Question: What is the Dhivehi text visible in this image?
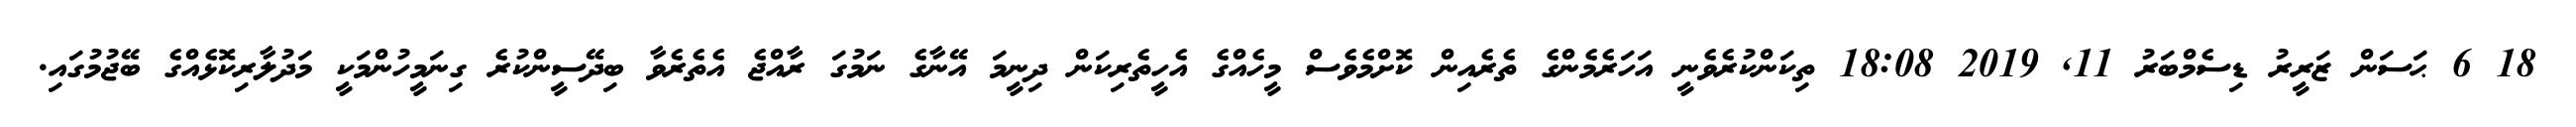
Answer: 18 6 ޙަސަން ޒަރީރު ޑިސެމްބަރު 11, 2019 18:08 ތިކަންކުރެވެނީ އަހަރެމެންގެ ތެރެއިން ކޮށްމެވެސް މީހެއްގެ އެހީތެރިކަން ދިނީމަ އޭނާގެ ނަމުގަ ރާއްޖެ އެތެރެވާ ބިދޭސީންކުރެ ގިނަމީހުންމަކީ މަދުލާރިކޮޅެއްގެ ބޭޖުމުގައި.